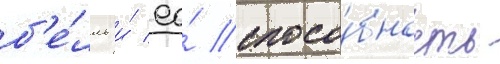
б'е́лль и́ ео́ спосо́бность